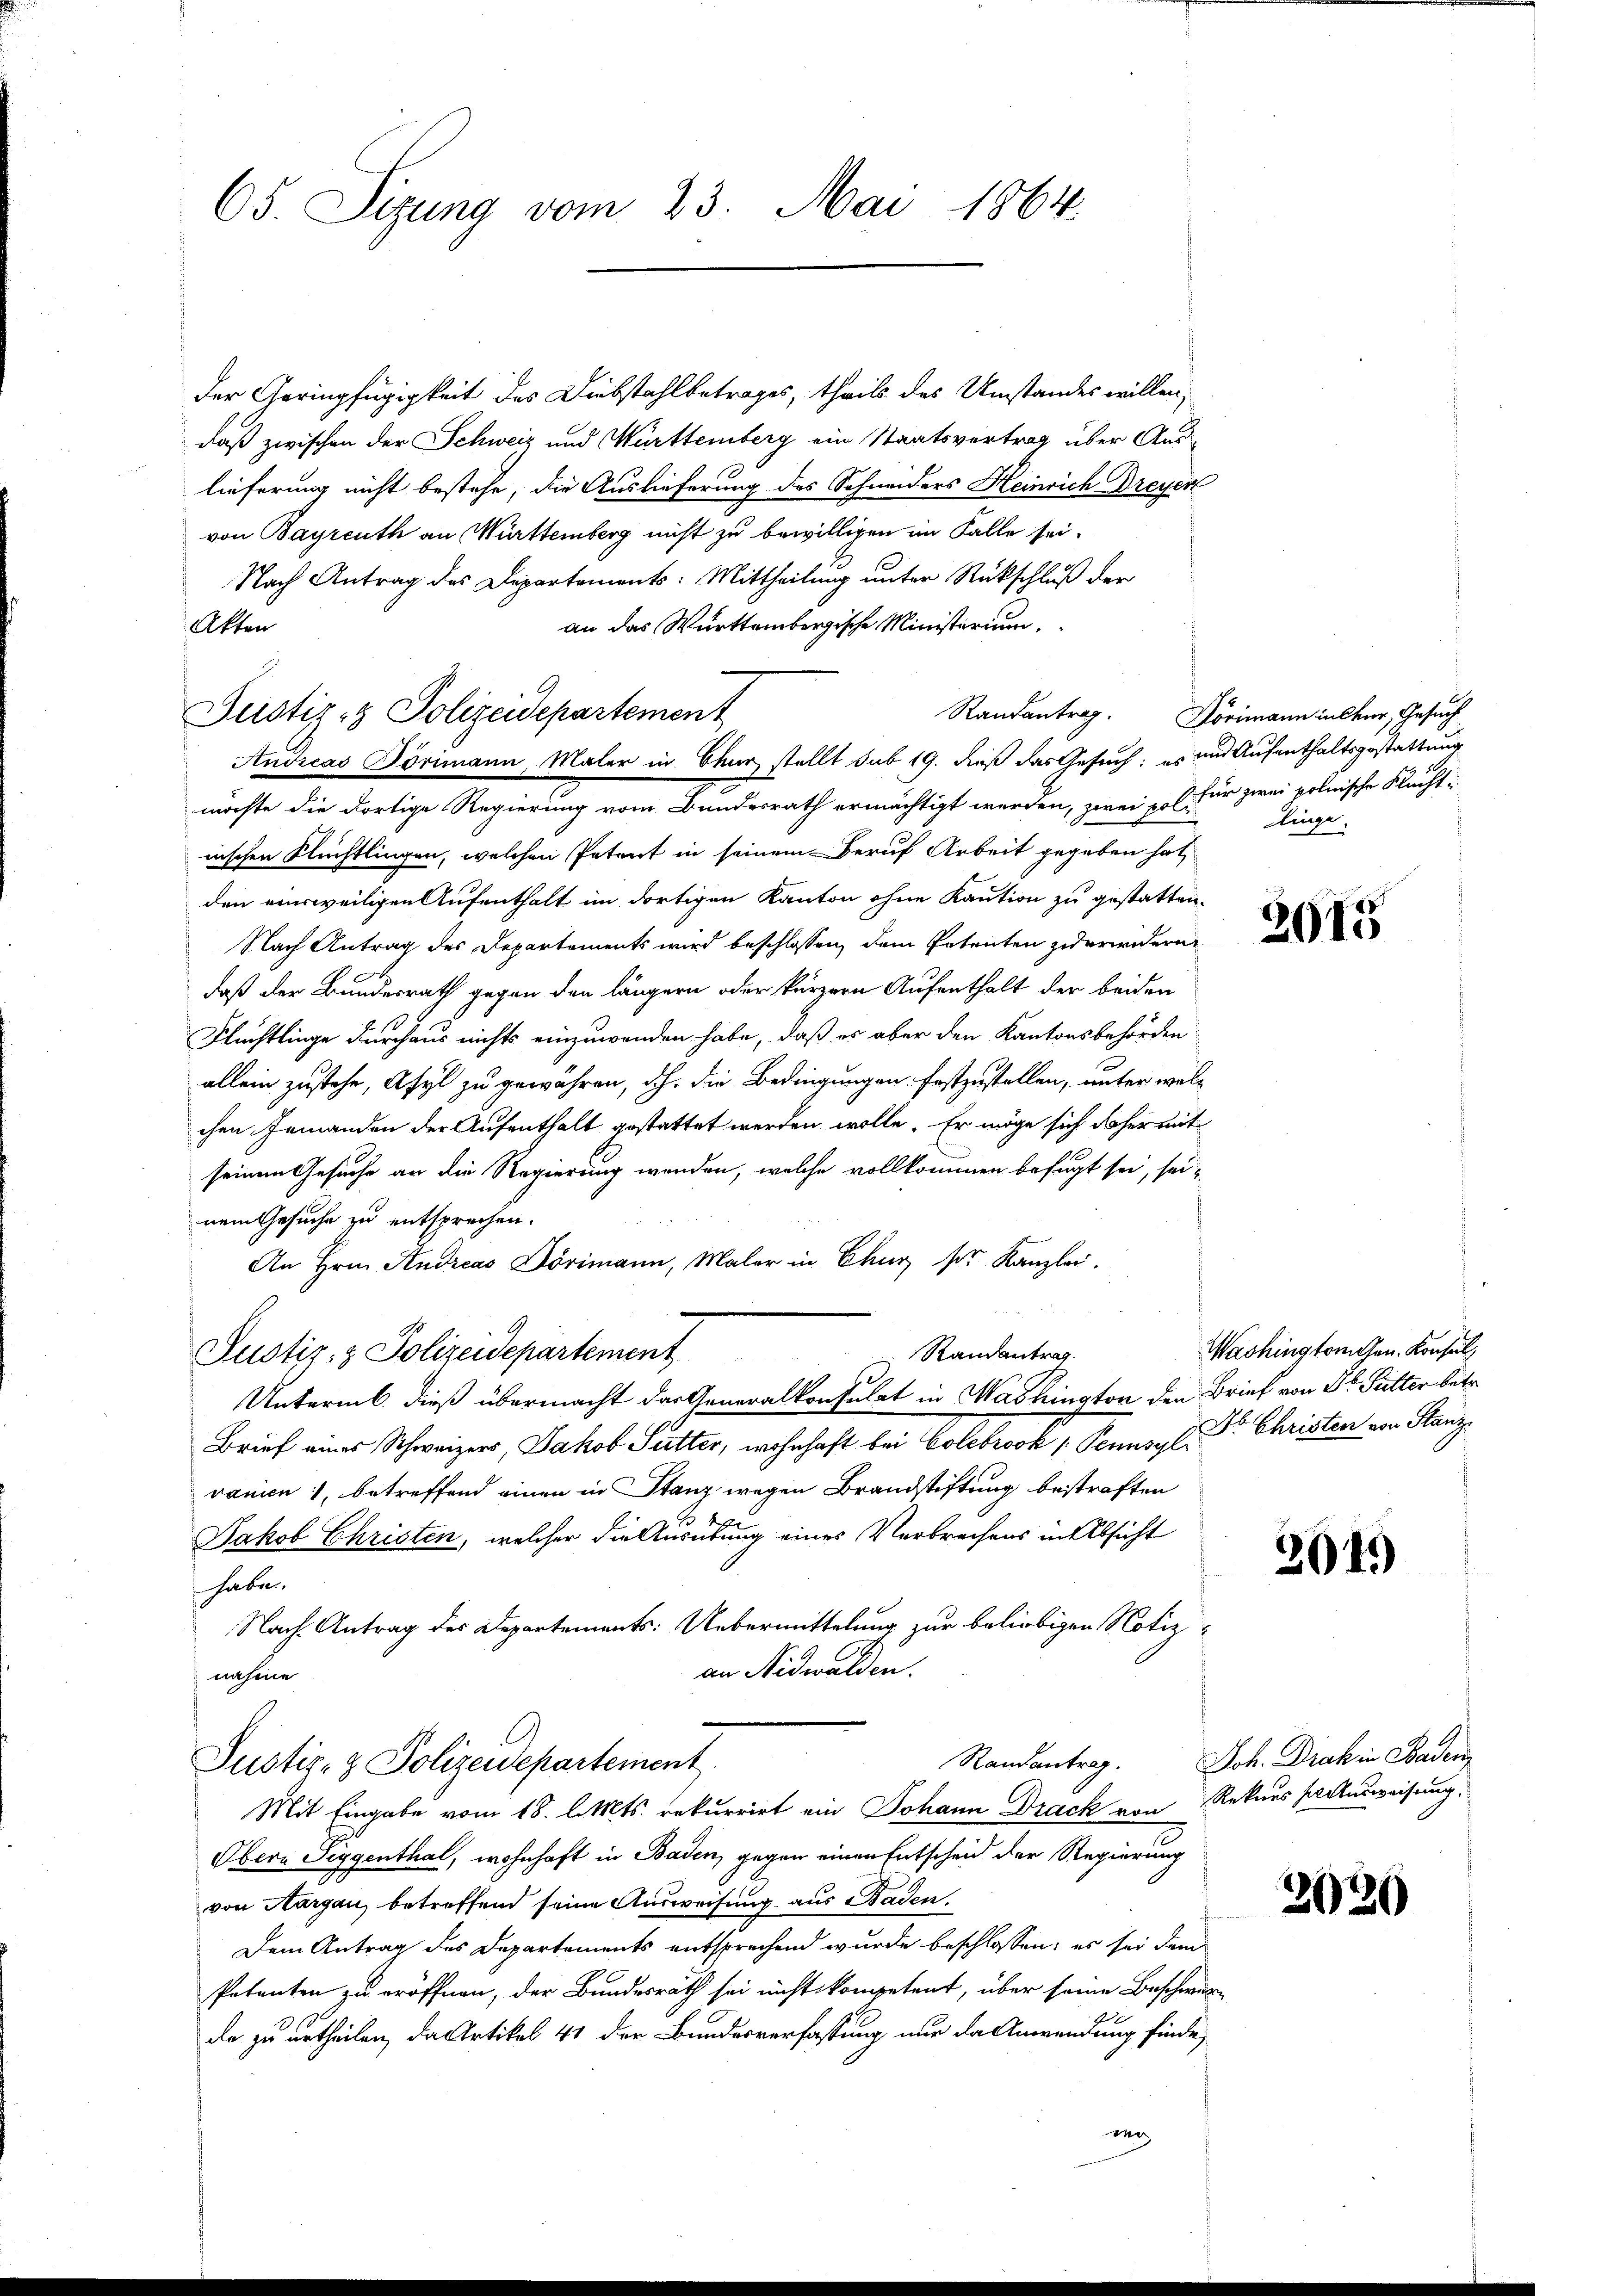
65. Sizung vom 23. Mai 1864.

der Geringfügigkeit des Diebstahlbetrages, theils des Umstandes willen,
daß zwischen der Schweiz und Württemberg ein Staatsvertrag über Auslieferung nicht bestehe, die Auslieferung des Schneiders Heinrich Dreyer
von Bayreuth an Württemberg nicht zu bewilligen im Falle sei.
Nach Antrag des Departements: Mittheilung unter Rückschluß der
an das Württembergische Ministerium
Akten
Andreas Törimann, Maler in Chur stellt sub 19. dieß das Gesuch; es und Aufenthaltsgestattung
möchte die dortige Regierung vom Bundesrath ermächtigt werden, zwei u. für zwei polnische Flucht-
nischen Flüchtlingen, welchen Petent in seinem Beruf Arbeit gegeben hat,
den einsweiligen Aufenthalt im dortigen Kanton ohne Kaution zu gestatten.
Nach Antrag des Departements wird beschlossen, dem Petenten zuerwidern
daß der Bundesrath gegen den längern oder kürzern Aufenthalt der beiden
Flüchtlinge durchaus nichts einzuwenden habe, daß es aber den Kantonsbehörden
allein zustehe, Asyl zu gewähren, d.h. die Bedingungen festzustellen, unter welchen Jemanden der Aufenthalt gestattet werden wolle. Er möge sich daher mit
seinem Gesuche an die Regierung wenden, welche vollkommen befugt sei, seinem Gesuche zu entsprechen.
An Hrn. Andreas Dörimann, Maler in Chur ser Kanzlei.
Randantrag.
Justiz- & Polizeidepartement
Untermb. dieß übermacht das Generalkonsulat in Washington den Brief von Dr Sutter betr.
Brief eines Schweizers, Jakob Sutter, wohnhaft bei Colebrook / Pennsyl Dr. Christen von Stanz
vanien, betreffend einen in Stanz wegen Brandstiftung bestraften
Jakob Christen, welcher die Ausübung eines Verbrechens in Absicht
habe.
Nach Antrag des Departements: Uebermittelung zur beliebigen Notiz
an Nidwalden.
nahme
Randantrag.
Justiz- & Polizeidepartement.
Mit Eingabe vom 18. l. Mts. rekurrirt ein Johann Drack von Rekurs sausweisung.
Obern Siggenthal, wohnhaft in Baden, gegen einen Entscheid der Regierung
von Aargau, betreffend seine Ausweisung aus Staden.
Dem Antrag des Departements entsprechend wurde beschlossen; es sei dem
Petenten zu eröffnen, der Bundesrath sei nicht kompetent, über seine Beschwer
de zu urtheilen, da Artikel 41 der Bundesverfassung nur da Anwendung finde,
wy

Justiz- & Polizeidepartement

Randantrag. Förimann in eher, Gesuch
linge,

2015

Washington den Konsul,

204.)

Joh. Drak in Baden

2930